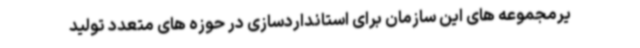
یرمجموعه های این سازمان برای استانداردسازی در حوزه های متعدد تولید